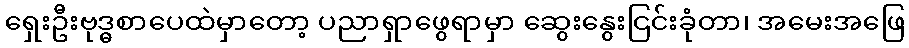
ရှေးဦးဗုဒ္ဓစာပေထဲမှာတော့ ပညာရှာဖွေရာမှာ ဆွေးနွေးငြင်းခုံတာ၊ အမေးအဖြေ